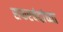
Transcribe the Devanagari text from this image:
सफरचंदांच्या